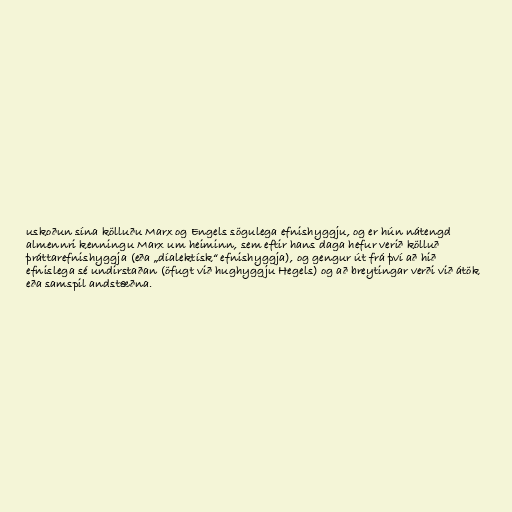
uskoðun sína kölluðu Marx og Engels sögulega efnishyggju, og er hún nátengd
almennri kenningu Marx um heiminn, sem eftir hans daga hefur verið kölluð
þráttarefnishyggja (eða „díalektísk“ efnishyggja), og gengur út frá því að hið
efnislega sé undirstaðan (öfugt við hughyggju Hegels) og að breytingar verði við átök
eða samspil andstæðna.